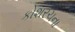
કોશરચના